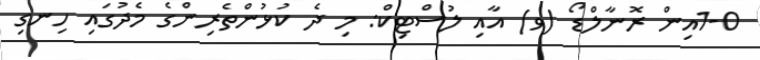
1-0އިން ރޮނާލްޑޯ (ވ) އާއި ލުސްޓިކް: މި ދެ ކުޅުންތެރިންގެ މެދުގައި ހިނގި